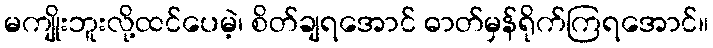
မကျိုးဘူးလို့ထင်ပေမဲ့၊ စိတ်ချရအောင် ဓာတ်မှန်ရိုက်ကြရအောင်။